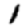
Digit: 1